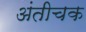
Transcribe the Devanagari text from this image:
अंतीचक